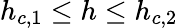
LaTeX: h_{c,1}\leq h\leq h_{c,2}